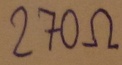
Text: 270Ω